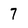
Character: 7